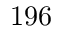
1 9 6